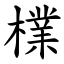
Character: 檏